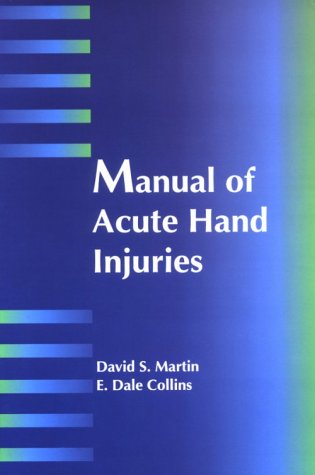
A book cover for Manual of Acute Hand Injuries, 1e; David S. Martin MD; Medical Books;